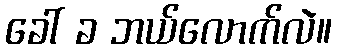
ခေါ် ခ ဘယ်လောက်လဲ။